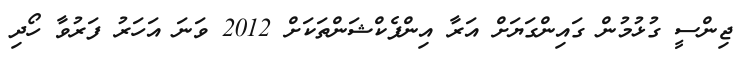
ޖިންސީ ގުޅުމުން ގައިންގަޔަށް އަރާ އިންފެކްޝަންތަކަށް 2012 ވަނަ އަހަރު ފަރުވާ ހޯދި